Calcutta medical institutions reports 1879-81 [i.e.91]
Year: 1879
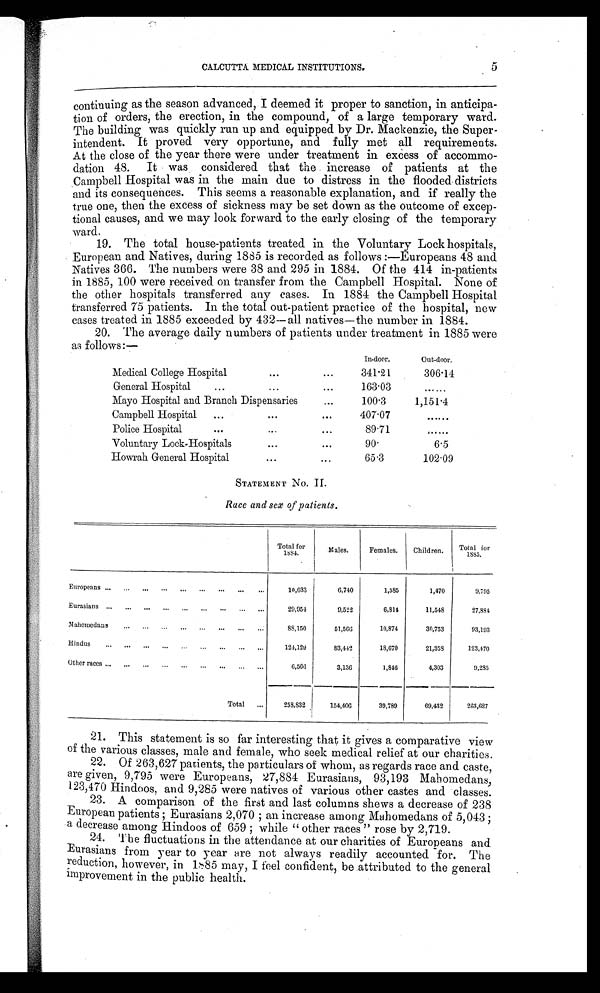
CALCUTTA MEDICAL INSTITUTIONS.
5
continuing as the season advanced, I deemed it proper to sanction, in anticipa-
tion of orders, the erection, in the compound, of a large temporary ward.
The building was quickly run up and equipped by Dr. Mackenzie, the Super-
intendent. It proved very opportune, and fully met all requirements.
At the close of the year there were under treatment in excess of accommo-
dation 48. It was considered that the increase of patients at the
Campbell Hospital was in the main due to distress in the flooded districts
and its consequences. This seems a reasonable explanation, and if really the
true one, then the excess of sickness may be set down as the outcome of excep-
tional causes, and we may look forward to the early closing of the temporary
ward.
19. The total house-patients treated in the Voluntary Lock hospitals,
European and Natives, during 1885 is recorded as follows:—Europeans 48 and
Natives 366. The numbers were 38 and 295 in 1884. Of the 414 in-patients
in 1885, 100 were received on transfer from the Campbell Hospital. None of
the other hospitals transferred any cases. In 1884 the Campbell Hospital
transferred 75 patients. In the total out-patient practice of the hospital, new
cases treated in 1885 exceeded by 432—all natives—the number in 1884.
20. The average daily numbers of patients under treatment in 1885 were
as follows:—
In-door.
Out-door.
Medical College Hospital
...
...
341.21
306.14
General Hospital
...
...
...
163.03
......
Mayo Hospital and Branch Dispensaries
...
100.3
1,151.4
Campbell Hospital
...
...
. . .
407.07
. . . . . .
Police Hospital
...
...
. . .
89.71
......
Voluntary Lock-Hospitals
...
. . .
90.
6.5
Howrah General Hospital
...
...
65.3
102.09
STATEMENT No. II.
Race and sex of patients.
Total for
1884.
Males.
Females.
Children.
Total.for
1885.
Europeans ... ... ... ... ...
. . .
. . .
. . .
. . .
10,033
6,740
1,585
1,470
9,795
Eurasians ... ... ... ... ... ... - ... ...
29,954
9,522
6,814
11,548
2 7 , 8 8 4
Mahomedans
... ...
. . .
. . .
. . .
. . .
88,150
51,566
10,874
30,753
93,193
Hindus
... ... ... ... ... ... ... ... ...
124,129
83,442
18,670
21,353
123,170
Other races ... ...
. . .
. . .
. . .
. . .
. . .
6,566
3,136
1,846
4,303
9,285
Total ...
258,832
154,406
39,789
69,432
2 6 3 , 6 2 7
21. This statement is so far interesting that it gives a comparative view
of the various classes, male and female, who seek medical relief at our charities.
22. Of 263,627 patients, the particulars of whom, as regards race and caste,
are given, 9,795 were Europeans, 27,884 Eurasians, 93,193 Mahomedans,
123,470 Hindoos, and 9,285 were natives of various other castes and classes.
23. A comparison of the first and last columns shows a decrease of 238
European patients; 2,070;an increase among Mahomedans of 5,043
; a decrease among Hindoos of 659 while “other races” rose by 2,719.
24. The fluctuations in the attendance at our charities of Europeans and
Eurasians from year to year are not always readily accounted for. The
r e d u c t i o n , h o w e v e r , i n 1 8 8 5 m a y , I f e e l c o n f i d e n t , b e a t t r i b u t e d t o t h e g e n e r a l
improvement in the public health.